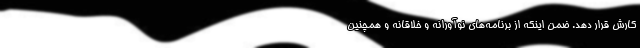
کارش قرار دهد. ضمن اینکه از برنامه‌های نوآورانه و خلاقانه و همچنین